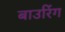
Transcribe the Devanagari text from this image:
बाउरिंग